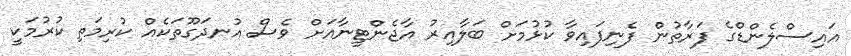
އައިސްލެންޑްގެ ފަރާތުން ފެނިފައިވާ ކުޅުމަށް ބަލާއިރު އާޖެންޓީނާއަށް ވެސް އުނދަގޫތަކެއް ކުރިމަތި ކުރުމަކީ